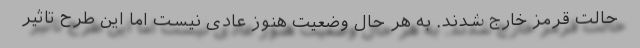
حالت قرمز خارج شدند. به هر حال وضعیت هنوز عادی نیست اما این طرح تاثیر